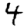
Digit: 4